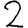
Digit: 2